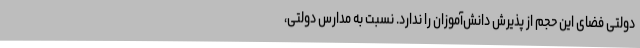
دولتی فضای این حجم از پذیرش دانش‌آموزان را ندارد. نسبت به مدارس دولتی،